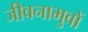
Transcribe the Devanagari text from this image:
जीवनाभुवों